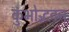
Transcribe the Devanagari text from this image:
कुंभोद्भवन्